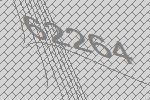
62264